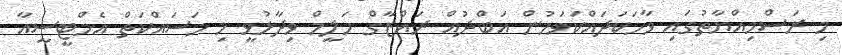
މި ރަސްމިއްޔާތުގައި ވާހަކަދައްކަވަމުން އަބްދުއް ރައްޒާގް ހަލީމް ވިދާޅުވީ މި މަސައްކަތް އެމްޓީސީއާ